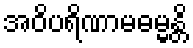
အဝိပရိဏာမဓမ္မန္တိ